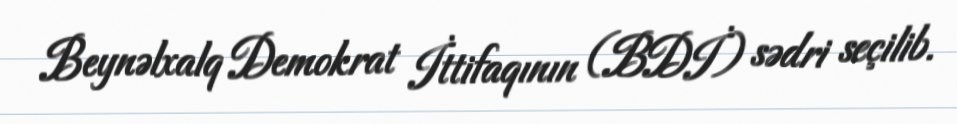
Beynəlxalq Demokrat İttifaqının (BDİ) sədri seçilib.